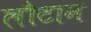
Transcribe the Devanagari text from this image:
लौटान